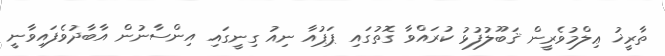
ތާރީޚު ޢިލްމުވެރީން ޤަބޫލުފުޅު ކުރައްވާ ގޮތުގައި ޕަޕުއާ ނިއު ގިނީގައި އިންސާނުން އާބާދުވެފައިވާނީ